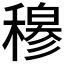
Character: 𬓽